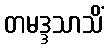
တမဒ္ဒသာသိံ